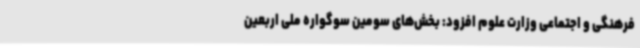
فرهنگی و اجتماعی وزارت علوم افزود: بخش‌های سومین سوگواره ملی اربعین